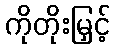
ကိုတိုးမြှင့်